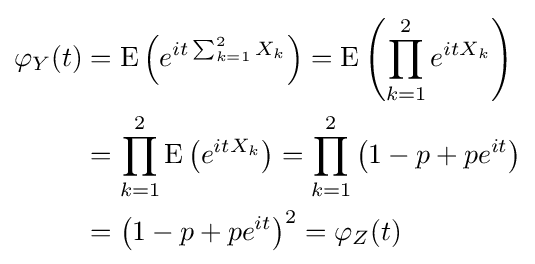
{\begin{aligned}\varphi _{Y}(t)&=\operatorname {E} \left(e^{it\sum _{k=1}^{2}X_{k}}\right)=\operatorname {E} \left(\prod _{k=1}^{2}e^{itX_{k}}\right)\\&=\prod _{k=1}^{2}\operatorname {E} \left(e^{itX_{k}}\right)=\prod _{k=1}^{2}\left(1-p+pe^{it}\right)\\&=\left(1-p+pe^{it}\right)^{2}=\varphi _{Z}(t)\end{aligned}}